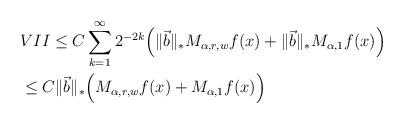
LaTeX: \begin{align*}&VII\leq C\sum\limits_{k=1}^{\infty}2^{-2k}\Big(\|\vec{b}\|_{*}M_{\alpha,r,w}f(x)+\|\vec{b}\|_{*}M_{\alpha,1}f(x)\Big)\\&\leq C\|\vec{b}\|_{*}\Big(M_{\alpha,r,w}f(x)+M_{\alpha,1}f(x)\Big)\end{align*}